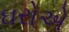
ઘરોએ